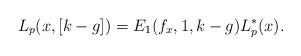
LaTeX: \begin{align*}L_p(x,[k-g])=E_1(f_x,{1},k-g)L_p^*(x).\end{align*}